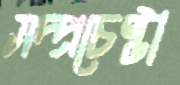
সদ্প্রচেষ্টা